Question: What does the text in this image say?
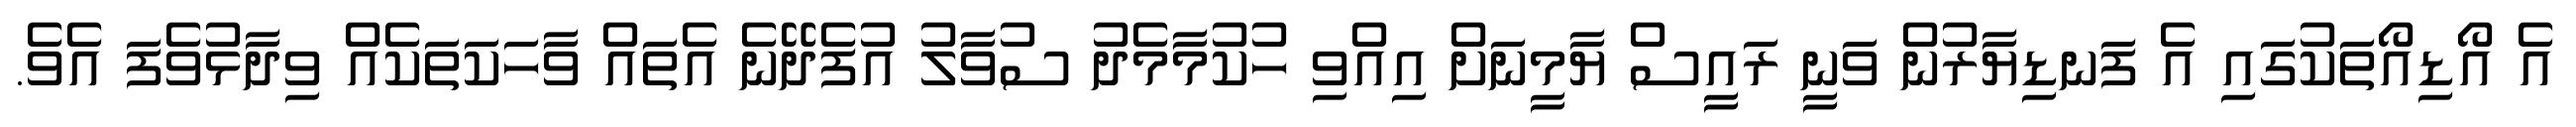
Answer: އެ އޯޑިއޯތަކުގައި އެ ފަނޑިޔާރުން ވަނީ ރައީސް ޔާމީނަށް އިއްވި ހުކުމާމެދު ސުވާލު އުފެދޭނެ އެތައް ވާހަކަތަކެއް ވިދާޅުވެފަ އެވެ.